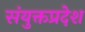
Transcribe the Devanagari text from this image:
संयुक्तप्रदेश